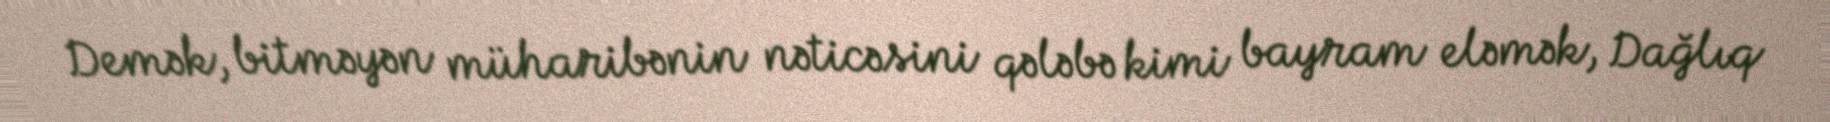
Demək, bitməyən müharibənin nəticəsini qələbə kimi bayram eləmək, Dağlıq